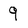
Character: 9